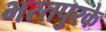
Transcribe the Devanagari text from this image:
भरतपुरके